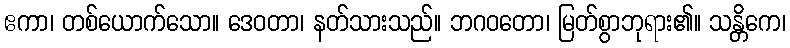
ဧကာ၊ တစ်ယောက်သော။ ဒေဝတာ၊ နတ်သားသည်။ ဘဂဝတော၊ မြတ်စွာဘုရား၏။ သန္တိကေ၊